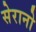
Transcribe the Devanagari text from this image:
सेरानो